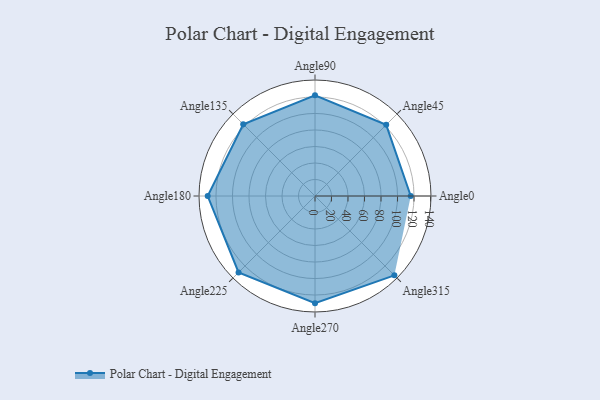
{"axis": {"x": "Angle", "y": "Radius"}, "legend": [""], "data": [{"x": "Angle0", "y": 116.0, "type": ""}, {"x": "Angle45", "y": 122.0, "type": ""}, {"x": "Angle90", "y": 122.0, "type": ""}, {"x": "Angle135", "y": 123.0, "type": ""}, {"x": "Angle180", "y": 130.0, "type": ""}, {"x": "Angle225", "y": 131.0, "type": ""}, {"x": "Angle270", "y": 130.0, "type": ""}, {"x": "Angle315", "y": 136.0, "type": ""}]}